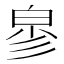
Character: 㣎